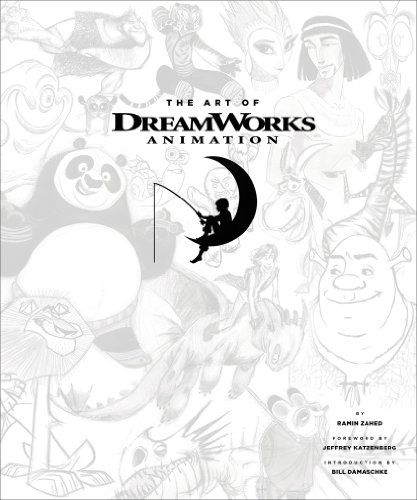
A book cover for The Art of DreamWorks Animation: Celebrating 20 Years of Art; Ramin Zahed; Humor & Entertainment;